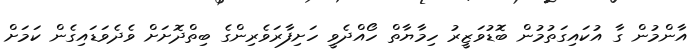
އާންމުން ގާ އުކައިގަތުމުން ބޮޑުވަޒީރު ހިމާޔާތް ހޯއްދެވީ ހަށިފާރަވެރިންގެ ބިތްދޮށަށް ވެދެވަޑައިގެން ކަމަށް